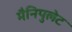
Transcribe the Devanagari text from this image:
मैनिपुलेट